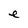
Character: e